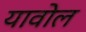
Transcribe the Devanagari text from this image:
यावोल